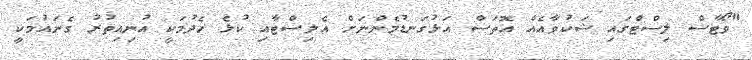
"ވޯޓާސް ލިސްޓްގައި ޝަކުވާއެއް އޮތަސް އަޅުގަނޑުމެންނަށް އެލިސްޓާއި ކުޅެ ހެދުމަކީ އުނިއިތުރު ގެނައުމަކީ